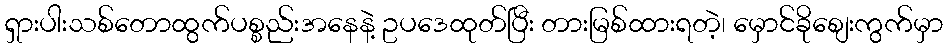
ရှားပါးသစ်တောထွက်ပစ္စည်းအနေနဲ့ ဥပဒေထုတ်ပြီး တားမြစ်ထားရတဲ့၊ မှောင်ခိုစျေးကွက်မှာ